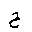
Letter: _ha